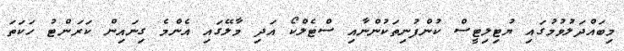
މިބައްދަލުވުމުގައި ޔުޓިލިޓީސް ކުންފުނިތަކުންނާއި ސްޓެލްކޯ އަދި މާލޭގައި އެންމެ ގިނައިން ކަރަންޓު ހަކަތަ